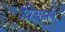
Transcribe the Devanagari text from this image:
विचारूं